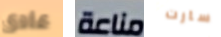
عادى مناعة سارت